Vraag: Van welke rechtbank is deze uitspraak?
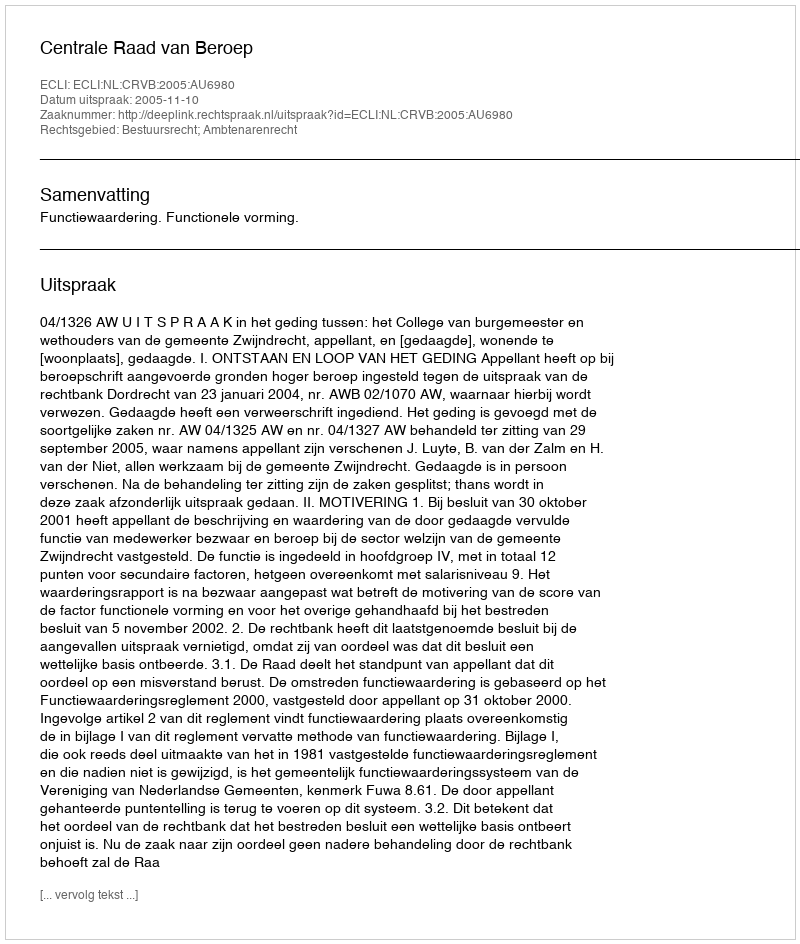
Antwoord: Centrale Raad van Beroep